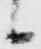
候